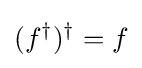
(f^{\dagger })^{\dagger }=f